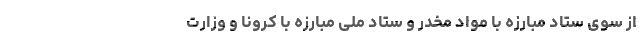
از سوی ستاد مبارزه با مواد مخدر و ستاد ملی مبارزه با کرونا و وزارت